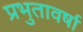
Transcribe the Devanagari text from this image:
प्रभुतावर्षा